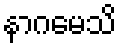
နာဂမေသိ